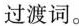
过渡词。